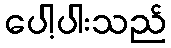
ပေါ့ပါးသည်